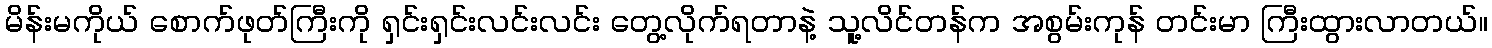
မိန်းမကိုယ် စောက်ဖုတ်ကြီးကို ရှင်းရှင်းလင်းလင်း တွေ့လိုက်ရတာနဲ့ သူ့လိင်တန်က အစွမ်းကုန် တင်းမာ ကြီးထွားလာတယ်။